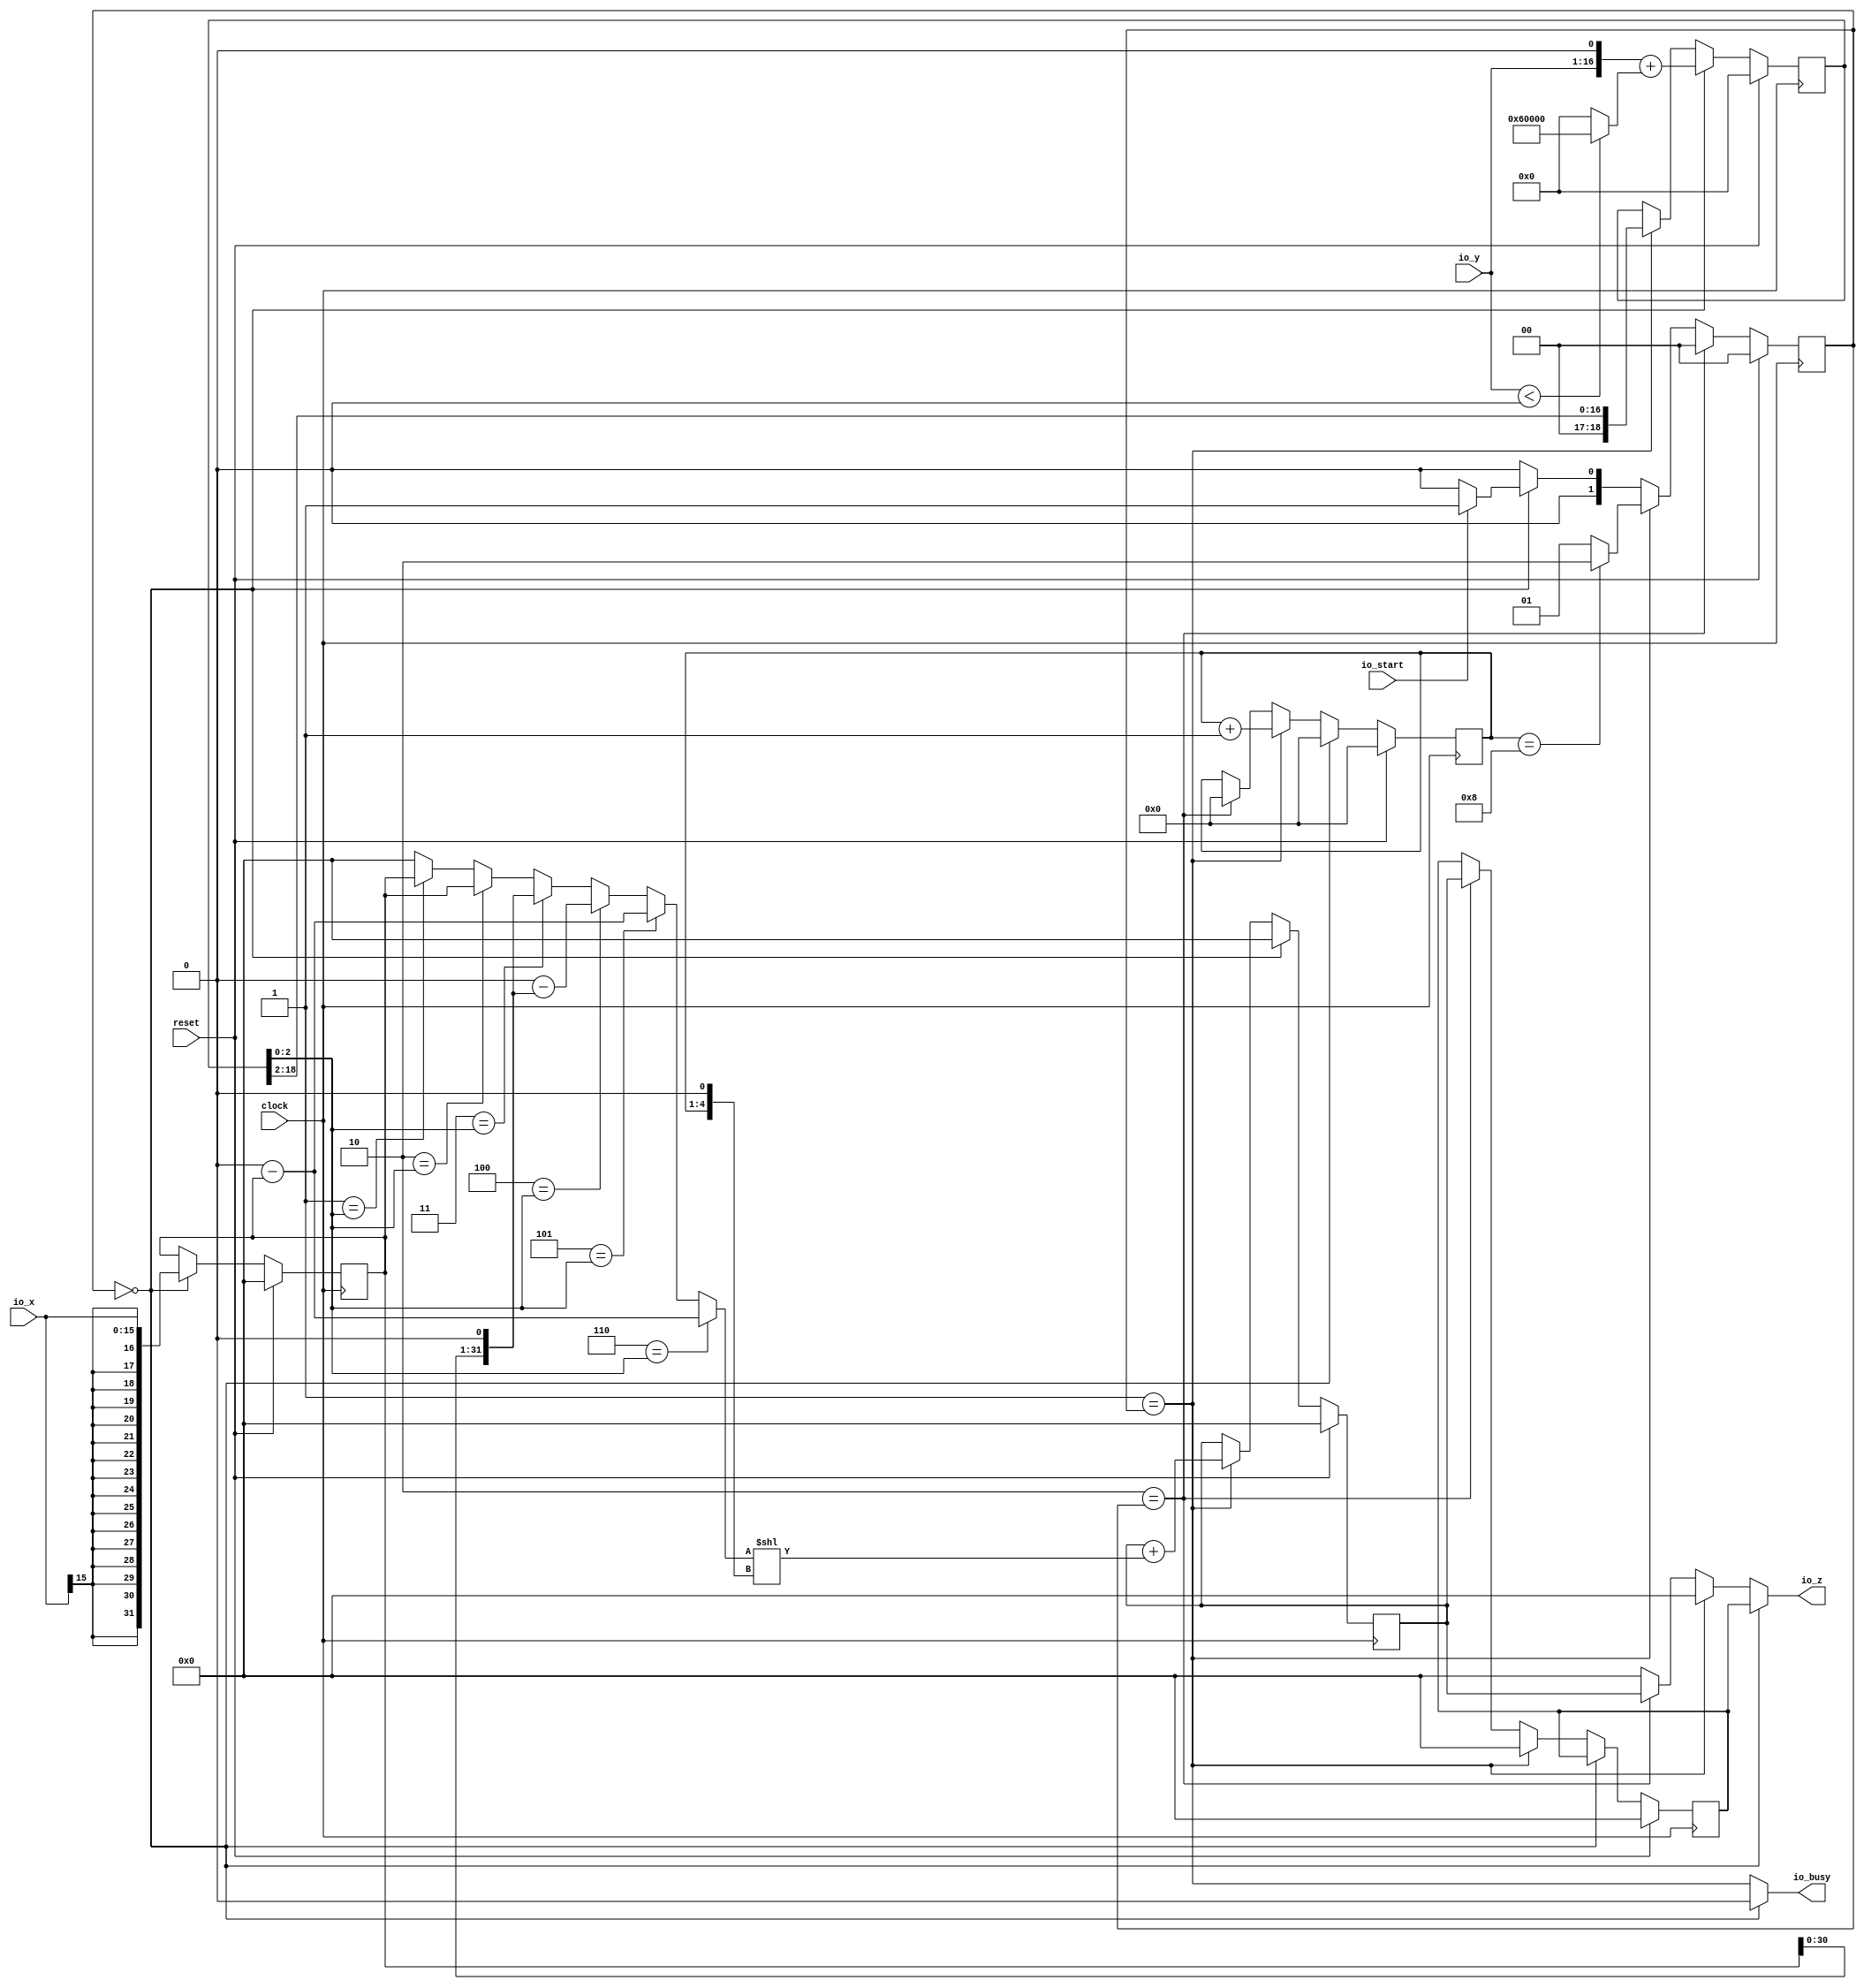
module BetterBooth(
  input         clock,
  input         reset,
  input  [15:0] io_x,
  input  [15:0] io_y,
  output        io_busy,
  input         io_start,
  output [31:0] io_z
);
`ifdef RANDOMIZE_REG_INIT
  reg [31:0] _RAND_0;
  reg [31:0] _RAND_1;
  reg [31:0] _RAND_2;
  reg [31:0] _RAND_3;
  reg [31:0] _RAND_4;
  reg [31:0] _RAND_5;
`endif // RANDOMIZE_REG_INIT
  reg [18:0] yReg; // @[BetterBooth.scala 11:21]
  reg [31:0] sumReg; // @[BetterBooth.scala 12:23]
  reg [3:0] cnt; // @[BetterBooth.scala 13:20]
  reg [1:0] state; // @[BetterBooth.scala 17:22]
  wire [1:0] _T = io_start ? 2'h1 : 2'h0; // @[BetterBooth.scala 20:21]
  wire  _nextState_T = 2'h0 == state; // @[Mux.scala 81:61]
  wire  _nextState_T_2 = 2'h1 == state; // @[Mux.scala 81:61]
  wire  _nextState_T_4 = 2'h2 == state; // @[Mux.scala 81:61]
  reg [31:0] xReg; // @[BetterBooth.scala 29:21]
  reg [31:0] lastResultReg; // @[BetterBooth.scala 31:30]
  wire [15:0] _xReg_T = io_x; // @[BetterBooth.scala 52:28]
  wire [16:0] _yReg_T = {io_y, 1'h0}; // @[BetterBooth.scala 54:21]
  wire [49:0] _yReg_T_4 = $signed(io_y) < 16'sh0 ? 50'h60000 : 50'h0; // @[BetterBooth.scala 54:41]
  wire [49:0] _GEN_16 = {{33'd0}, _yReg_T}; // @[BetterBooth.scala 54:36]
  wire [49:0] _yReg_T_6 = _GEN_16 + _yReg_T_4; // @[BetterBooth.scala 54:36]
  wire [31:0] _T_10 = 32'sh0 - $signed(xReg); // @[BetterBooth.scala 67:10]
  wire [31:0] _T_11 = 32'sh0 - $signed(xReg); // @[BetterBooth.scala 67:17]
  wire  _T_13 = ~reset; // @[BetterBooth.scala 60:13]
  wire [32:0] _T_15 = {$signed(xReg), 1'h0}; // @[BetterBooth.scala 47:24]
  wire [32:0] _T_19 = 33'sh0 - $signed(_T_15); // @[BetterBooth.scala 77:25]
  wire [31:0] _T_27 = 3'h1 == yReg[2:0] ? $signed(xReg) : $signed(32'sh0); // @[Mux.scala 81:58]
  wire [31:0] _T_29 = 3'h2 == yReg[2:0] ? $signed(xReg) : $signed(_T_27); // @[Mux.scala 81:58]
  wire [32:0] _T_31 = 3'h3 == yReg[2:0] ? $signed(_T_15) : $signed({{1{_T_29[31]}},_T_29}); // @[Mux.scala 81:58]
  wire [32:0] _T_33 = 3'h4 == yReg[2:0] ? $signed(_T_19) : $signed(_T_31); // @[Mux.scala 81:58]
  wire [32:0] _T_35 = 3'h5 == yReg[2:0] ? $signed({{1{_T_10[31]}},_T_10}) : $signed(_T_33); // @[Mux.scala 81:58]
  wire [32:0] _add_T_1 = 3'h6 == yReg[2:0] ? $signed({{1{_T_10[31]}},_T_10}) : $signed(_T_35); // @[BetterBooth.scala 36:32]
  wire [4:0] _add_T_2 = {cnt, 1'h0}; // @[BetterBooth.scala 36:62]
  wire [31:0] _add_WIRE = _add_T_1[31:0]; // @[BetterBooth.scala 36:{32,32}]
  wire [62:0] _GEN_7 = {{31{_add_WIRE[31]}},_add_WIRE}; // @[BetterBooth.scala 36:54]
  wire [62:0] add = $signed(_GEN_7) << _add_T_2; // @[BetterBooth.scala 36:54]
  wire [62:0] _GEN_18 = {{31{sumReg[31]}},sumReg}; // @[BetterBooth.scala 37:22]
  wire [62:0] _sumReg_T_2 = $signed(_GEN_18) + $signed(add); // @[BetterBooth.scala 37:22]
  wire [18:0] _yReg_T_7 = {{2'd0}, yReg[18:2]}; // @[BetterBooth.scala 38:18]
  wire [3:0] _cnt_T_1 = cnt + 4'h1; // @[BetterBooth.scala 83:18]
  wire [31:0] _GEN_1 = _nextState_T_4 ? sumReg : 32'h0; // @[BetterBooth.scala 49:17 89:12 28:8]
  wire [62:0] _GEN_4 = _nextState_T_2 ? $signed(_sumReg_T_2) : $signed({{31{sumReg[31]}},sumReg}); // @[BetterBooth.scala 37:12 49:17 12:23]
  wire [18:0] _GEN_5 = _nextState_T_2 ? _yReg_T_7 : yReg; // @[BetterBooth.scala 38:10 49:17 11:21]
  wire [31:0] _GEN_8 = _nextState_T_2 ? 32'h0 : _GEN_1; // @[BetterBooth.scala 49:17 28:8]
  wire [49:0] _GEN_12 = _nextState_T ? _yReg_T_6 : {{31'd0}, _GEN_5}; // @[BetterBooth.scala 49:17 54:12]
  wire [62:0] _GEN_13 = _nextState_T ? $signed(63'sh0) : $signed(_GEN_4); // @[BetterBooth.scala 49:17 55:14]
  wire [49:0] _GEN_20 = reset ? 50'h0 : _GEN_12; // @[BetterBooth.scala 11:{21,21}]
  wire [62:0] _GEN_21 = reset ? $signed(63'sh0) : $signed(_GEN_13); // @[BetterBooth.scala 12:{23,23}]
  wire  _GEN_23 = ~_nextState_T; // @[BetterBooth.scala 60:13]
  wire  _GEN_24 = ~_nextState_T & _nextState_T_2; // @[BetterBooth.scala 60:13]
  assign io_busy = _nextState_T ? 1'h0 : _nextState_T_2; // @[BetterBooth.scala 27:11 49:17]
  assign io_z = _nextState_T ? lastResultReg : _GEN_8; // @[BetterBooth.scala 49:17 53:12]
  always @(posedge clock) begin
    yReg <= _GEN_20[18:0]; // @[BetterBooth.scala 11:{21,21}]
    sumReg <= _GEN_21[31:0]; // @[BetterBooth.scala 12:{23,23}]
    if (reset) begin // @[BetterBooth.scala 13:20]
      cnt <= 4'h0; // @[BetterBooth.scala 13:20]
    end else if (_nextState_T) begin // @[BetterBooth.scala 49:17]
      cnt <= 4'h0; // @[BetterBooth.scala 51:11]
    end else if (_nextState_T_2) begin // @[BetterBooth.scala 49:17]
      cnt <= _cnt_T_1; // @[BetterBooth.scala 83:11]
    end else if (_nextState_T_4) begin // @[BetterBooth.scala 49:17]
      cnt <= 4'h0; // @[BetterBooth.scala 87:11]
    end
    if (reset) begin // @[BetterBooth.scala 17:22]
      state <= 2'h0; // @[BetterBooth.scala 17:22]
    end else if (2'h2 == state) begin // @[Mux.scala 81:58]
      state <= 2'h0;
    end else if (2'h1 == state) begin // @[Mux.scala 81:58]
      if (cnt == 4'h8) begin // @[BetterBooth.scala 21:24]
        state <= 2'h2;
      end else begin
        state <= 2'h1;
      end
    end else if (2'h0 == state) begin // @[Mux.scala 81:58]
      state <= _T;
    end else begin
      state <= 2'h0;
    end
    if (reset) begin // @[BetterBooth.scala 29:21]
      xReg <= 32'sh0; // @[BetterBooth.scala 29:21]
    end else if (_nextState_T) begin // @[BetterBooth.scala 49:17]
      xReg <= {{16{_xReg_T[15]}},_xReg_T}; // @[BetterBooth.scala 52:12]
    end
    if (reset) begin // @[BetterBooth.scala 31:30]
      lastResultReg <= 32'h0; // @[BetterBooth.scala 31:30]
    end else if (!(_nextState_T)) begin // @[BetterBooth.scala 49:17]
      if (_nextState_T_2) begin // @[BetterBooth.scala 49:17]
        lastResultReg <= 32'h0; // @[BetterBooth.scala 59:21]
      end else if (_nextState_T_4) begin // @[BetterBooth.scala 49:17]
        lastResultReg <= sumReg; // @[BetterBooth.scala 91:21]
      end
    end
    `ifndef SYNTHESIS
    `ifdef PRINTF_COND
      if (`PRINTF_COND) begin
    `endif
        if (~_nextState_T & _nextState_T_2 & ~reset) begin
          $fwrite(32'h80000002,"[%d state=%b], yReg=%b, yRegLast=%b, x=%b, -x=%b\n",cnt,state,yReg,yReg[2:0],xReg,_T_11
            ); // @[BetterBooth.scala 60:13]
        end
    `ifdef PRINTF_COND
      end
    `endif
    `endif // SYNTHESIS
    `ifndef SYNTHESIS
    `ifdef PRINTF_COND
      if (`PRINTF_COND) begin
    `endif
        if (_GEN_24 & _T_13) begin
          $fwrite(32'h80000002,"yRegExtra = %b, addValue = %b, sum = %b\n",yReg,add,sumReg); // @[BetterBooth.scala 39:11]
        end
    `ifdef PRINTF_COND
      end
    `endif
    `endif // SYNTHESIS
    `ifndef SYNTHESIS
    `ifdef PRINTF_COND
      if (`PRINTF_COND) begin
    `endif
        if (_GEN_23 & ~_nextState_T_2 & _nextState_T_4 & _T_13) begin
          $fwrite(32'h80000002,"result = %b\n",sumReg); // @[BetterBooth.scala 90:13]
        end
    `ifdef PRINTF_COND
      end
    `endif
    `endif // SYNTHESIS
  end
// Register and memory initialization
`ifdef RANDOMIZE_GARBAGE_ASSIGN
`define RANDOMIZE
`endif
`ifdef RANDOMIZE_INVALID_ASSIGN
`define RANDOMIZE
`endif
`ifdef RANDOMIZE_REG_INIT
`define RANDOMIZE
`endif
`ifdef RANDOMIZE_MEM_INIT
`define RANDOMIZE
`endif
`ifndef RANDOM
`define RANDOM $random
`endif
`ifdef RANDOMIZE_MEM_INIT
  integer initvar;
`endif
`ifndef SYNTHESIS
`ifdef FIRRTL_BEFORE_INITIAL
`FIRRTL_BEFORE_INITIAL
`endif
initial begin
  `ifdef RANDOMIZE
    `ifdef INIT_RANDOM
      `INIT_RANDOM
    `endif
    `ifndef VERILATOR
      `ifdef RANDOMIZE_DELAY
        #`RANDOMIZE_DELAY begin end
      `else
        #0.002 begin end
      `endif
    `endif
`ifdef RANDOMIZE_REG_INIT
  _RAND_0 = {1{`RANDOM}};
  yReg = _RAND_0[18:0];
  _RAND_1 = {1{`RANDOM}};
  sumReg = _RAND_1[31:0];
  _RAND_2 = {1{`RANDOM}};
  cnt = _RAND_2[3:0];
  _RAND_3 = {1{`RANDOM}};
  state = _RAND_3[1:0];
  _RAND_4 = {1{`RANDOM}};
  xReg = _RAND_4[31:0];
  _RAND_5 = {1{`RANDOM}};
  lastResultReg = _RAND_5[31:0];
`endif // RANDOMIZE_REG_INIT
  `endif // RANDOMIZE
end // initial
`ifdef FIRRTL_AFTER_INITIAL
`FIRRTL_AFTER_INITIAL
`endif
`endif // SYNTHESIS
endmodule